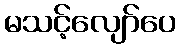
မသင့်လျော်ပေ